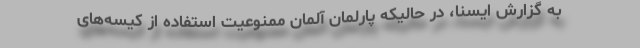
به گزارش ایسنا، در حالیکه پارلمان آلمان ممنوعیت استفاده از کیسه‌های